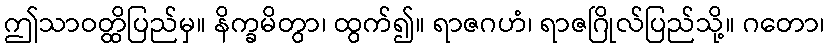
ဤသာဝတ္ထိပြည်မှ။ နိက္ခမိတွာ၊ ထွက်၍။ ရာဇဂဟံ၊ ရာဇဂြိုလ်ပြည်သို့။ ဂတော၊